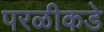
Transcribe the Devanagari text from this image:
परळीकडे